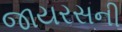
જાયરસની